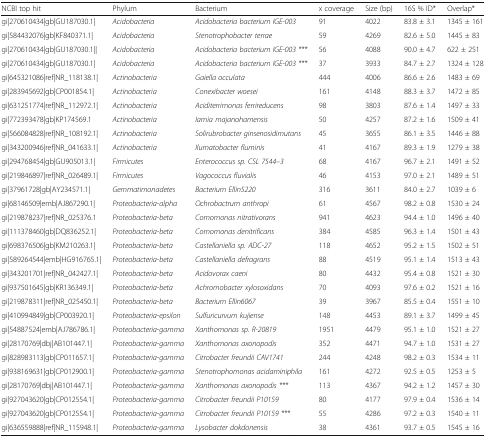
<table><thead><tr><td><b>NCBI top hit</b></td><td><b>Phylum</b></td><td><b>Bacterium</b></td><td><b>x coverage</b></td><td><b>Size (bp)</b></td><td><b>16S % ID*</b></td><td><b>Overlap*</b></td></tr></thead><tbody><tr><td>gi|270610434|gb|GU187030.1|</td><td><i>Acidobacteria</i></td><td><i>Acidobacteria bacterium IGE-003</i></td><td>91</td><td>4022</td><td>83.8 ± 3.1</td><td>1345 ± 161</td></tr><tr><td>gi|584432076|gb|KF840371.1|</td><td><i>Acidobacteria</i></td><td><i>Stenotrophobacter terrae</i></td><td>59</td><td>4269</td><td>82.6 ± 5.0</td><td>1445 ± 83</td></tr><tr><td>gi|270610434|gb|GU187030.1||</td><td><i>Acidobacteria</i></td><td><i>Acidobacteria bacterium IGE-003 ***</i></td><td>56</td><td>4088</td><td>90.0 ± 4.7</td><td>622 ± 251</td></tr><tr><td>gi|270610434|gb|GU187030.1|</td><td><i>Acidobacteria</i></td><td><i>Acidobacteria bacterium IGE-003 ***</i></td><td>37</td><td>3933</td><td>84.7 ± 2.7</td><td>1324 ± 128</td></tr><tr><td>gi|645321086|ref|NR_118138.1|</td><td><i>Actinobacteria</i></td><td><i>Gaiella occulata</i></td><td>444</td><td>4006</td><td>86.6 ± 2.6</td><td>1483 ± 69</td></tr><tr><td>gi|283945692|gb|CP001854.1|</td><td><i>Actinobacteria</i></td><td><i>Conexibacter woesei</i></td><td>161</td><td>4148</td><td>88.3 ± 3.7</td><td>1472 ± 85</td></tr><tr><td>gi|631251774|ref|NR_112972.1|</td><td><i>Actinobacteria</i></td><td><i>Aciditerrimonas ferrireducens</i></td><td>98</td><td>3803</td><td>87.6 ± 1.4</td><td>1497 ± 33</td></tr><tr><td>gi|772393478|gb|KP174569.1</td><td><i>Actinobacteria</i></td><td><i>Iamia majanohamensis</i></td><td>50</td><td>4257</td><td>87.2 ± 1.6</td><td>1509 ± 41</td></tr><tr><td>gi|566084828|ref|NR_108192.1|</td><td><i>Actinobacteria</i></td><td><i>Solirubrobacter ginsenosidimutans</i></td><td>45</td><td>3655</td><td>86.1 ± 3.5</td><td>1446 ± 88</td></tr><tr><td>gi|343200946|ref|NR_041633.1|</td><td><i>Actinobacteria</i></td><td><i>Ilumatobacter fluminis</i></td><td>41</td><td>4167</td><td>89.3 ± 1.9</td><td>1279 ± 38</td></tr><tr><td>gi|294768454|gb|GU905013.1|</td><td><i>Firmicutes</i></td><td><i>Enterococcus sp. CSL 7544–3</i></td><td>68</td><td>4167</td><td>96.7 ± 2.1</td><td>1491 ± 52</td></tr><tr><td>gi|219846897|ref|NR_026489.1|</td><td><i>Firmicutes</i></td><td><i>Vagococcus fluvialis</i></td><td>46</td><td>4153</td><td>97.0 ± 2.1</td><td>1489 ± 51</td></tr><tr><td>gi|37961728|gb|AY234571.1|</td><td><i>Gemmatimonadetes</i></td><td><i>Bacterium Ellin5220</i></td><td>316</td><td>3611</td><td>84.0 ± 2.7</td><td>1039 ± 6</td></tr><tr><td>gi|68146509|emb|AJ867290.1|</td><td><i>Proteobacteria-alpha</i></td><td><i>Ochrobactrum anthropi</i></td><td>61</td><td>4567</td><td>98.2 ± 0.8</td><td>1530 ± 24</td></tr><tr><td>gi|219878237|ref|NR_025376.1</td><td><i>Proteobacteria-beta</i></td><td><i>Comomonas nitrativorans</i></td><td>941</td><td>4623</td><td>94.4 ± 1.0</td><td>1496 ± 40</td></tr><tr><td>gi|111378460|gb|DQ836252.1|</td><td><i>Proteobacteria-beta</i></td><td><i>Comomonas denitrificans</i></td><td>384</td><td>4585</td><td>96.3 ± 1.4</td><td>1501 ± 43</td></tr><tr><td>gi|698376506|gb|KM210263.1|</td><td><i>Proteobacteria-beta</i></td><td><i>Castellaniella sp. ADC-27</i></td><td>118</td><td>4652</td><td>95.2 ± 1.5</td><td>1502 ± 51</td></tr><tr><td>gi|589264544|emb|HG916765.1|</td><td><i>Proteobacteria-beta</i></td><td><i>Castellaniella defragrans</i></td><td>88</td><td>4519</td><td>95.1 ± 1.4</td><td>1513 ± 43</td></tr><tr><td>gi|343201701|ref|NR_042427.1|</td><td><i>Proteobacteria-beta</i></td><td><i>Acidovorax caeni</i></td><td>80</td><td>4432</td><td>95.4 ± 0.8</td><td>1521 ± 30</td></tr><tr><td>gi|937501645|gb|KR136349.1|</td><td><i>Proteobacteria-beta</i></td><td><i>Achromobacter xylosoxidans</i></td><td>70</td><td>4093</td><td>97.6 ± 0.2</td><td>1521 ± 16</td></tr><tr><td>gi|219878311|ref|NR_025450.1|</td><td><i>Proteobacteria-beta</i></td><td><i>Bacterium Ellin6067</i></td><td>39</td><td>3967</td><td>85.5 ± 0.4</td><td>1551 ± 10</td></tr><tr><td>gi|410994849|gb|CP003920.1|</td><td><i>Proteobacteria-epsilon</i></td><td><i>Sulfuricurvum kujiense</i></td><td>148</td><td>4453</td><td>89.1 ± 3.7</td><td>1499 ± 45</td></tr><tr><td>gi|54887524|emb|AJ786786.1|</td><td><i>Proteobacteria-gamma</i></td><td><i>Xanthomonas sp. R-20819</i></td><td>1951</td><td>4479</td><td>95.1 ± 1.0</td><td>1521 ± 27</td></tr><tr><td>gi|28170769|dbj|AB101447.1|</td><td><i>Proteobacteria-gamma</i></td><td><i>Xanthomonas axonopodis</i></td><td>352</td><td>4471</td><td>94.7 ± 1.0</td><td>1531 ± 27</td></tr><tr><td>gi|828983113|gb|CP011657.1|</td><td><i>Proteobacteria-gamma</i></td><td><i>Citrobacter freundii CAV1741</i></td><td>244</td><td>4248</td><td>98.2 ± 0.3</td><td>1534 ± 11</td></tr><tr><td>gi|938169631|gb|CP012900.1|</td><td><i>Proteobacteria-gamma</i></td><td><i>Stenotrophomonas acidaminiphila</i></td><td>161</td><td>4272</td><td>92.5 ± 0.5</td><td>1253 ± 5</td></tr><tr><td>gi|28170769|dbj|AB101447.1|</td><td><i>Proteobacteria-gamma</i></td><td><i>Xanthomonas axonopodis ***</i></td><td>113</td><td>4367</td><td>94.2 ± 1.2</td><td>1457 ± 30</td></tr><tr><td>gi|927043620|gb|CP012554.1|</td><td><i>Proteobacteria-gamma</i></td><td><i>Citrobacter freundii P10159</i></td><td>80</td><td>4177</td><td>97.9 ± 0.4</td><td>1536 ± 14</td></tr><tr><td>gi|927043620|gb|CP012554.1|</td><td><i>Proteobacteria-gamma</i></td><td><i>Citrobacter freundii P10159 ***</i></td><td>55</td><td>4286</td><td>97.2 ± 0.3</td><td>1540 ± 11</td></tr><tr><td>gi|636559888|ref|NR_115948.1|</td><td><i>Proteobacteria-gamma</i></td><td><i>Lysobacter dokdonensis</i></td><td>38</td><td>4361</td><td>93.7 ± 0.5</td><td>1545 ± 16</td></tr></tbody></table>